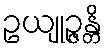
ဥယျုဉ္ဇန္တိ